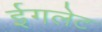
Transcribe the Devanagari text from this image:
ईगलेट